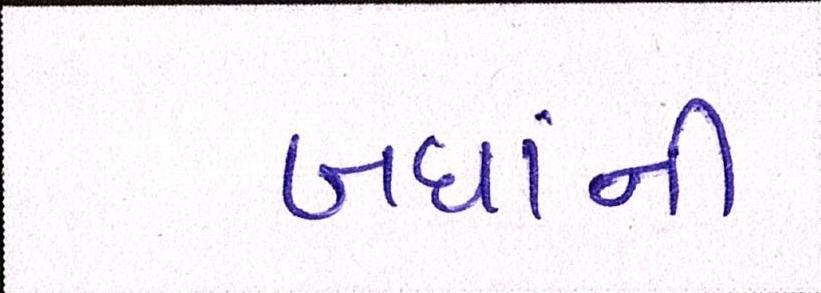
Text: બધાંની